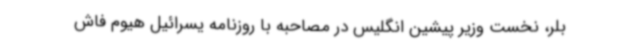
بلر، نخست وزیر پیشین انگلیس در مصاحبه‌ با روزنامه یسرائیل هیوم فاش